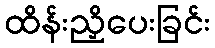
ထိန်းညှိပေးခြင်း